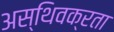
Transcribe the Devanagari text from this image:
अस्थिवक्रता